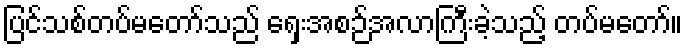
ပြင်သစ်တပ်မတော်သည် ရှေးအစဉ်အလာကြီးခဲ့သည့် တပ်မတော်။